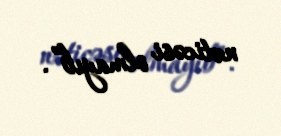
nəticəsi olmayıb”.